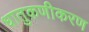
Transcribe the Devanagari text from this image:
धातुकणीकरण